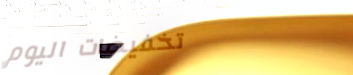
تخفيضات اليوم